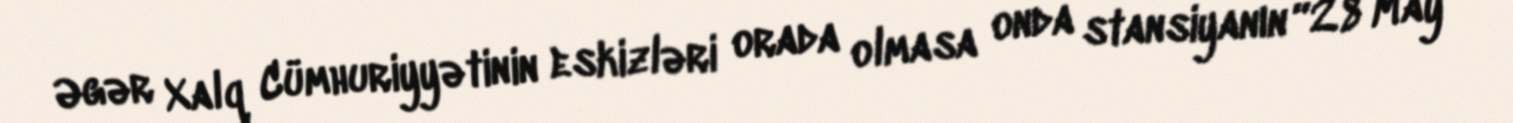
Əgər Xalq Cümhuriyyətinin eskizləri orada olmasa onda stansiyanın “28 May”